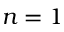
n = 1